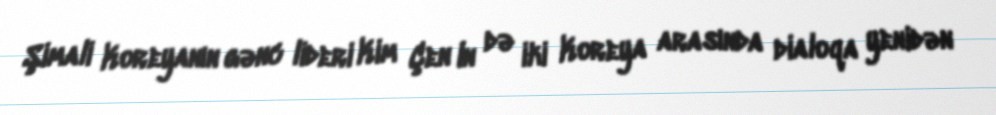
Şimali Koreyanın gənc lideri Kim Çen In də iki Koreya arasında dialoqa yenidən